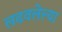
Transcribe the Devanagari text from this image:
लढवलेल्या